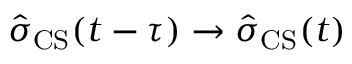
\ensuremath { \hat { \sigma } } _ { \mathrm { C S } } ( t - \tau ) \to \ensuremath { \hat { \sigma } } _ { \mathrm { C S } } ( t )